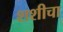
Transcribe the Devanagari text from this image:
शशीचा